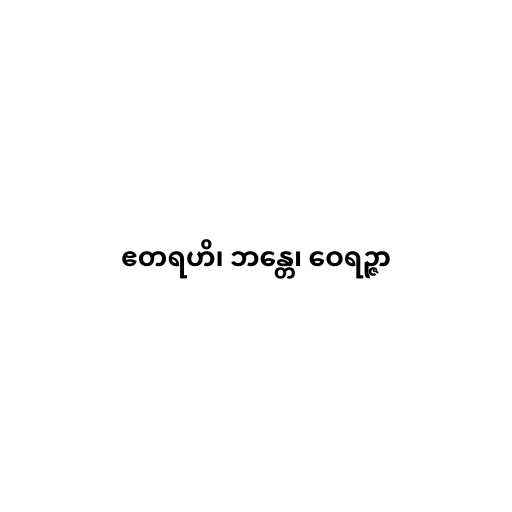
ဧတရဟိ၊ ဘန္တေ၊ ဝေရဉ္ဇာ